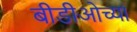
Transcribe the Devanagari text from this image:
बीडीओच्या